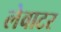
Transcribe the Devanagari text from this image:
लेवाटर